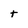
Character: t